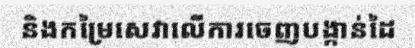
និងកម្រៃសេវាលើការចេញបង្កាន់ដៃ